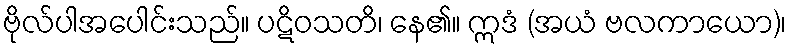
ဗိုလ်ပါအပေါင်းသည်။ ပဋိဝသတိ၊ နေ၏။ ဣဒံ (အယံ ဗလကာယော)၊